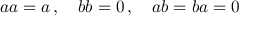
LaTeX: \textstyle a a = a \, , \quad b b = 0 \, , \quad a b = b a = 0